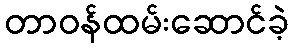
တာဝန်ထမ်းဆောင်ခဲ့